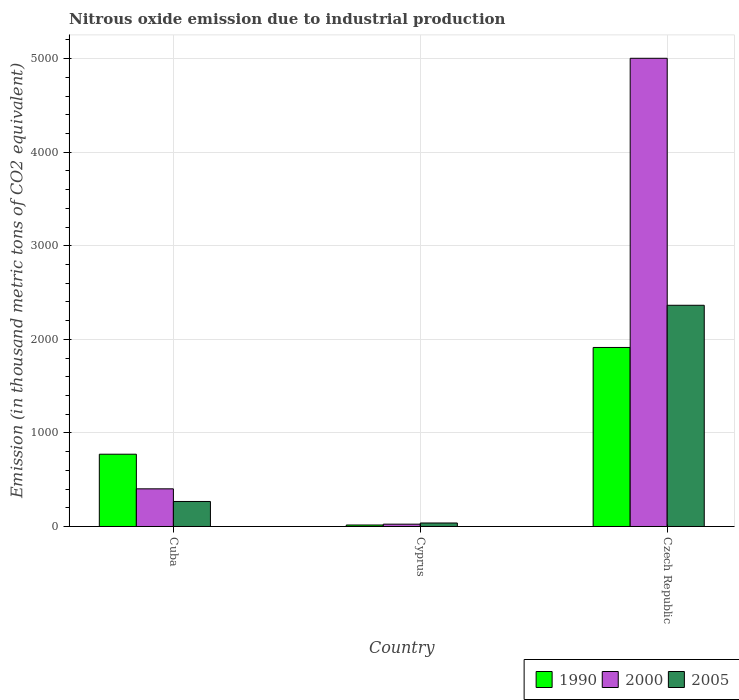
| Country | 1990 | 2000 | 2005 |
 | --- | --- | --- | --- |
 | Cuba | 772 | 402 | 267 |
 | Cyprus | 15.8 | 24.8 | 37.3 |
 | Czech Republic | 1.91e+03 | 5e+03 | 2.36e+03 |